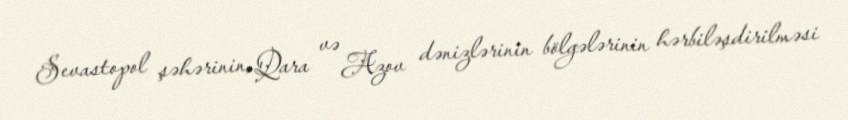
Sevastopol şəhərinin, Qara və Azov dənizlərinin bölgələrinin hərbiləşdirilməsi